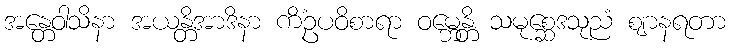
အန္တေဝါသိနာ အယန္တိအာဒိနာ ကိံဥပဝိစာရာ ဝမ္ဘေန္တိ သမုစ္ဆေဒသုညံ ဈာနရတာ